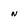
Character: n